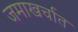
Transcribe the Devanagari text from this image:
जमाखर्चात